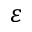
\varepsilon